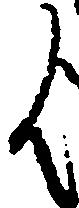
歟